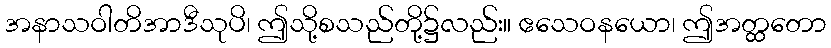
အနာသဝါတိအာဒီသုပိ၊ ဤသို့စသည်တို့၌လည်း။ ဧသေဝနယော၊ ဤအတ္ထတော